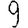
Digit: 9